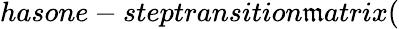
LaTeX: hasone-steptransition\mathfrak{m}atrix(